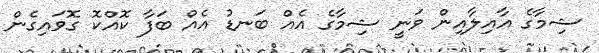
ޝިމާގެ އާއިލާއިން ވަނީ ޝިމާގެ އެއް ބަނޑު އެއް ބަފާ ކޮއްކޮ ގޮވައިގެން